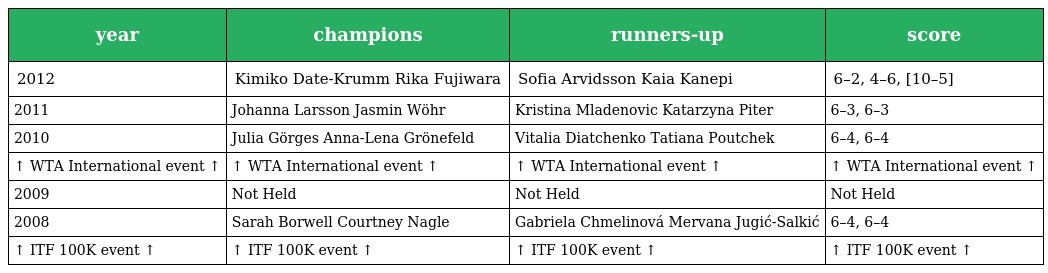
| year | champions | runners-up | score |
 | --- | --- | --- | --- |
 | 2012 | Kimiko Date-Krumm Rika Fujiwara | Sofia Arvidsson Kaia Kanepi | 6–2, 4–6, [10–5] |
 | 2011 | Johanna Larsson Jasmin Wöhr | Kristina Mladenovic Katarzyna Piter | 6–3, 6–3 |
 | 2010 | Julia Görges Anna-Lena Grönefeld | Vitalia Diatchenko Tatiana Poutchek | 6–4, 6–4 |
 | ↑ WTA International event ↑ | ↑ WTA International event ↑ | ↑ WTA International event ↑ | ↑ WTA International event ↑ |
 | 2009 | Not Held | Not Held | Not Held |
 | 2008 | Sarah Borwell Courtney Nagle | Gabriela Chmelinová Mervana Jugić-Salkić | 6–4, 6–4 |
 | ↑ ITF 100K event ↑ | ↑ ITF 100K event ↑ | ↑ ITF 100K event ↑ | ↑ ITF 100K event ↑ |